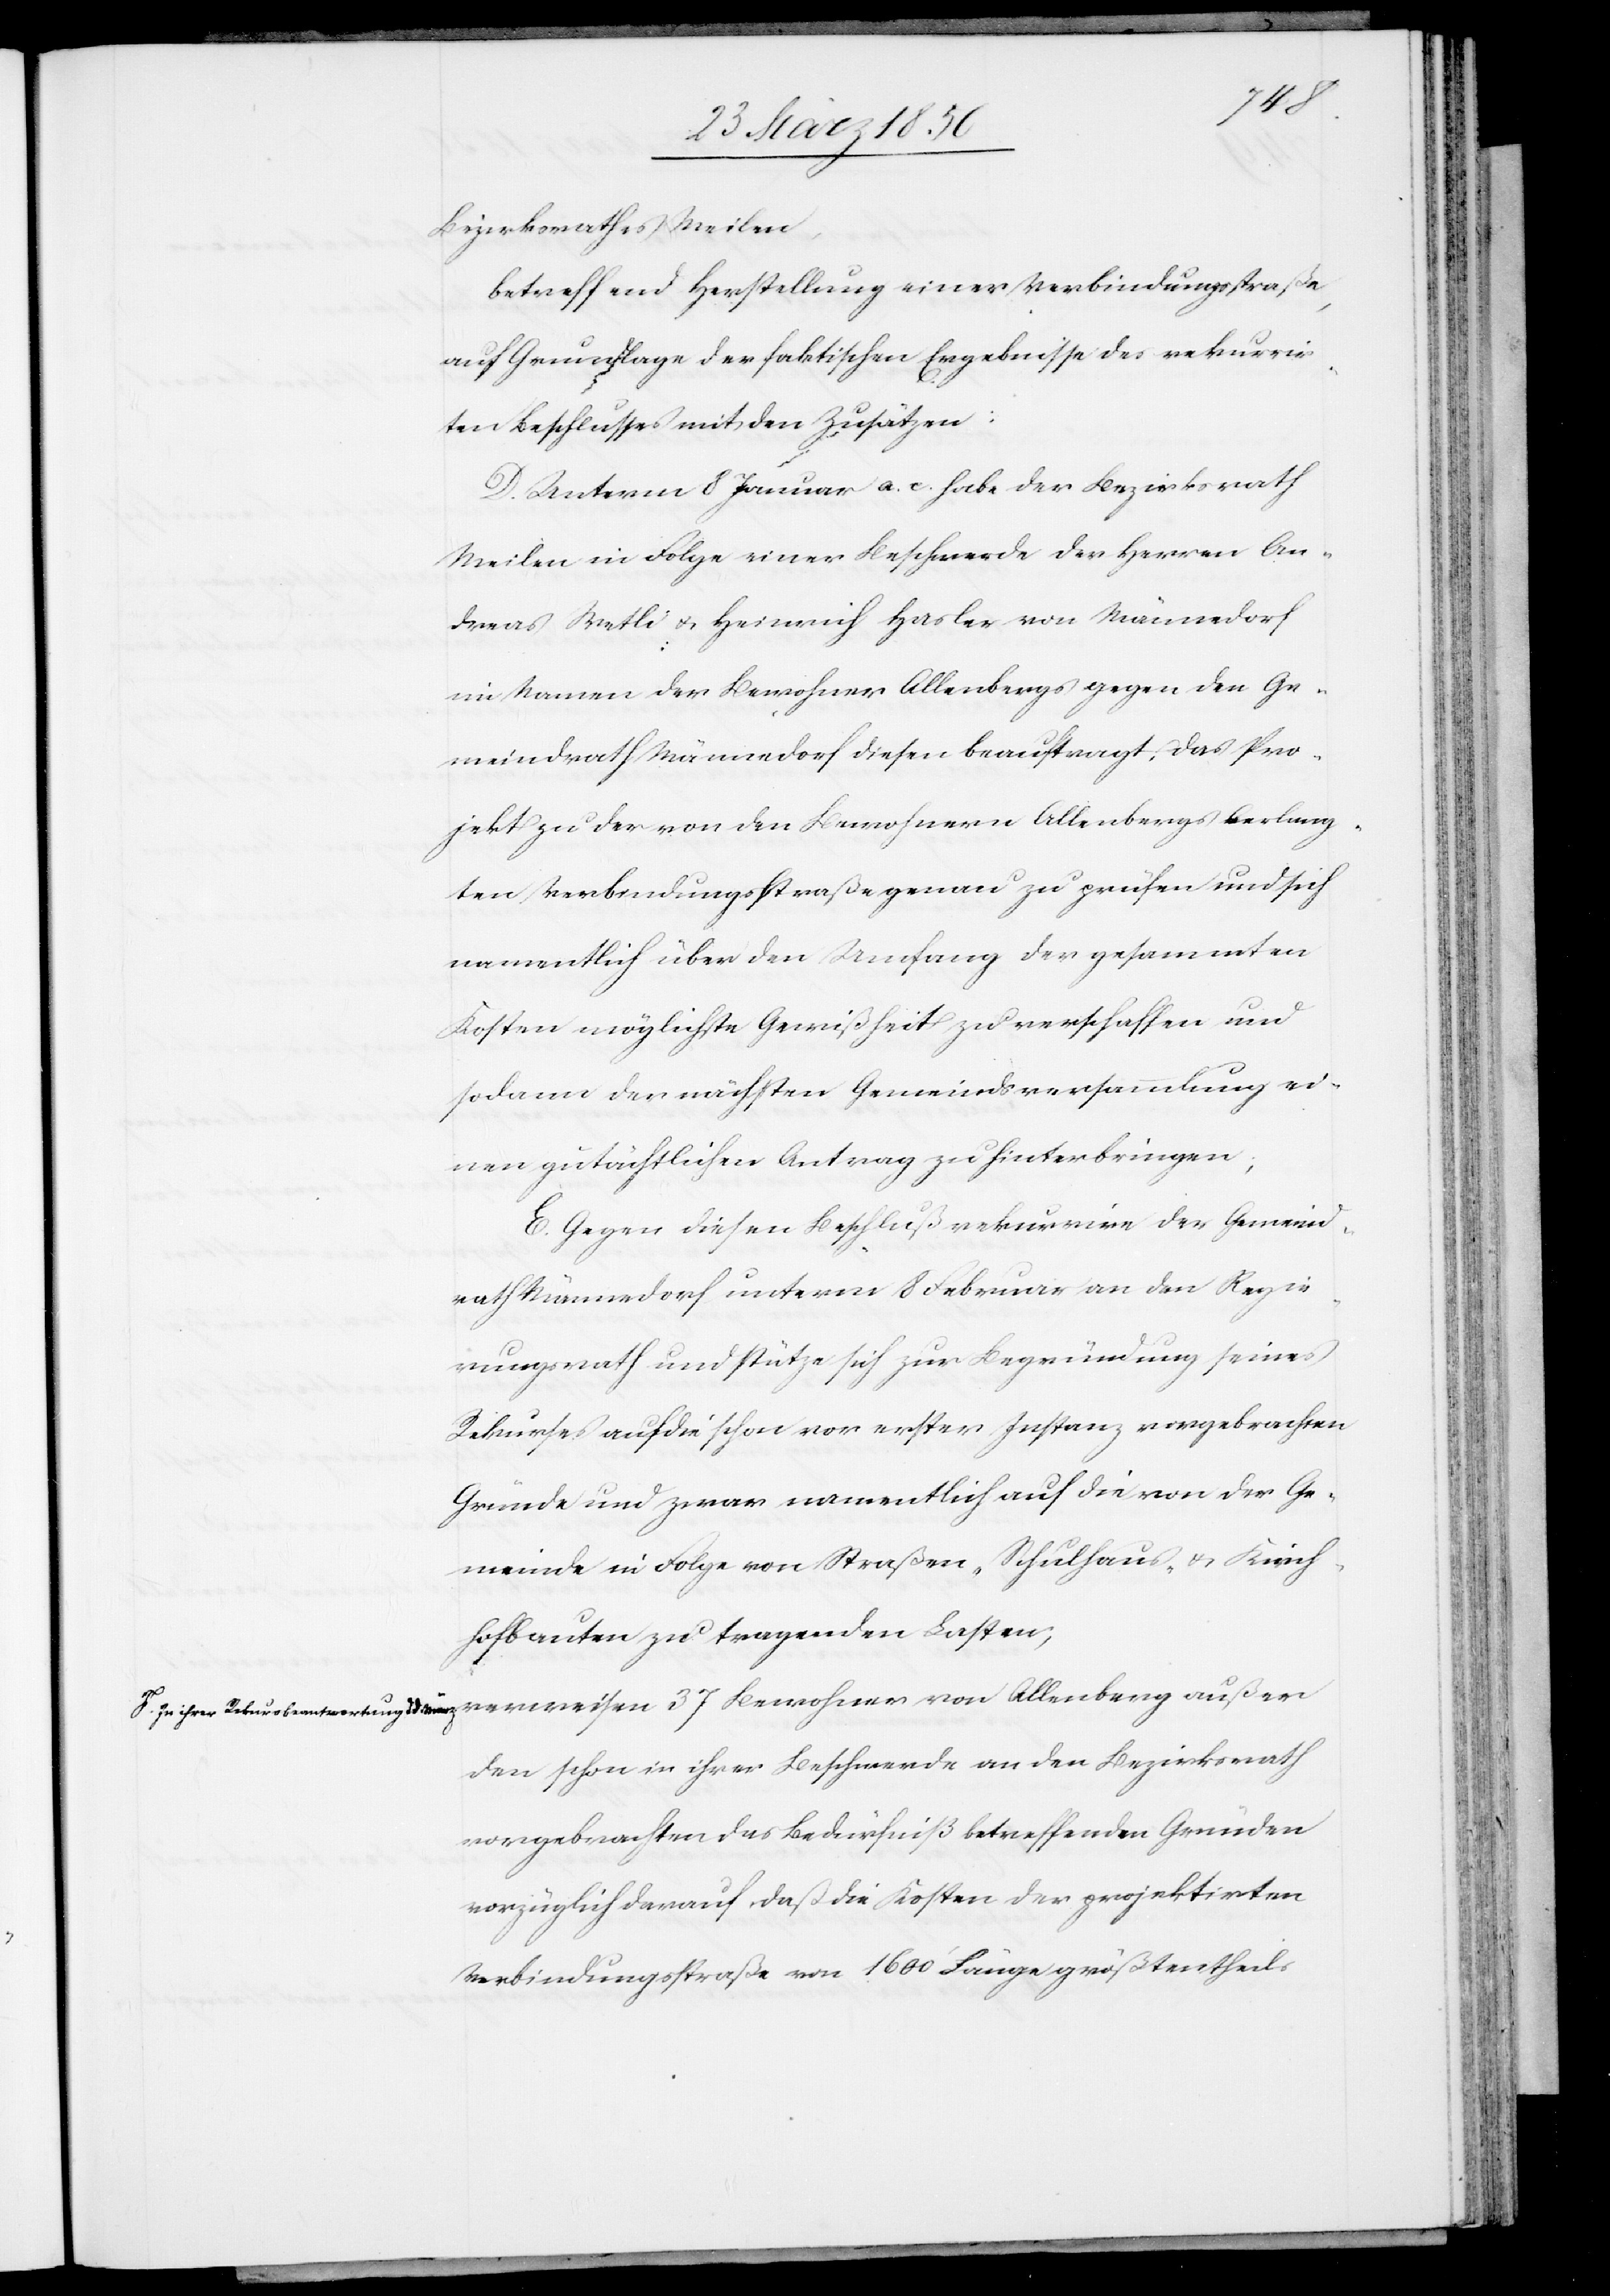
F. In ihrer Rekursbeantwortung d. d. März

Bezirksrathes Meilen,
betreffend Herstellung einer Verbindungsstraße,
auf Grundlage der faktischen Ergebnisse des rekurrir¬
ten Beschlusses mit den Zusätzen:
D. Unterm 8 Januar a. c. habe der Bezirksrath
Meilen in Folge einer Beschwerde der Herren An¬
dreas Wetli u. Heinrich Hasler von Männedorf
im Namen der Bewohner Allenbergs gegen den Ge¬
meindrath Männedorf diesen beauftragt, das Pro¬
jekt zu der von den Bewohnern Allenbergs verlang¬
ten Verbindungsstraße genau zu prüfen und sich
namentlich über den Umfang der gesammten
Kosten möglichste Gewißheit zu verschaffen und
sodann der nächsten Gemeindsversammlung ei¬
nen gutächtlichen Antrag zu hinterbringen.
E. Gegen diesen Beschluß rekurrire der Gemeind¬
rath Männedorf unterm 8 Februar an den Regie¬
rungsrath und stütze sich zur Begründung seines
Rekurses auf die schon vor erster Instanz vorgebrachten
Gründe und zwar namentlich auf die von der Ge¬
meinde in Folge von Straßen- Schulhaus- u. Kirch¬
hofbauten zu tragenden Lasten;
verweisen 37 Bewohner von Allenberg außer
den schon in ihrer Beschwerde an den Bezirksrath
vorgebrachten das Bedürfniß betreffenden Gründen
vorzüglich darauf, daß die Kosten der projektirten
Verbindungsstraße von 1600‘ Länge größtentheils